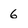
Character: 6